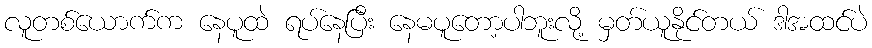
လူတစ်ယောက်က နေပူထဲ ရပ်နေပြီး နေမပူတော့ပါဘူးလို့ မှတ်ယူနိုင်တယ် ဒါအထင်ပဲ